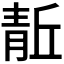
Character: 𬰘